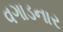
વગાડનાર